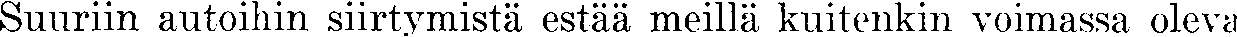
Suuriin autoihin siirtymistä estää meillä kuitenkin voimassa oleva